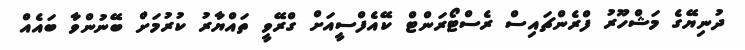
ދުނިޔޭގެ މަޝްހޫރު ފްރެންޗައިސް ރެސްޓޯރަންޓް ކޭއެފްސީއަށް ގްރޭވީ ތައްޔާރު ކުރުމަށް ބޭނުންވާ ބައެއް